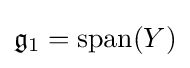
{\mathfrak {g}}_{1}={\textrm {span}}(Y)